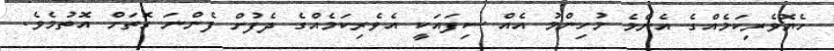
ހެޔޮވެރިކަމެއްގެ އެންމެ މުހިންމު އެއް ސިފައަކީ އެވެރިކަމެއްގެ ދެފުށް ފެންނަ ގޮތަށް އޮތުމެވެ.